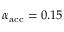
\alpha _ { \mathrm { a c c } } = 0 . 1 5